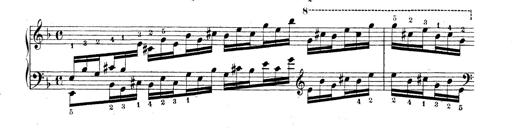
Title: Technische Studien
Composer: Franz Liszt